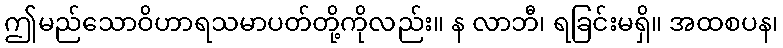
ဤမည်သောဝိဟာရသမာပတ်တို့ကိုလည်း။ န လာဘီ၊ ရခြင်းမရှိ။ အထစပန၊